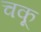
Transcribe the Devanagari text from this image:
चकू